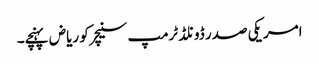
امریکی صدر ڈونلڈ ٹرمپ سنیچر کو ریاض پہنچے۔